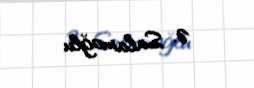
Ə. Salamoğlu